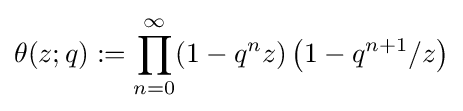
\theta (z;q):=\prod _{n=0}^{\infty }(1-q^{n}z)\left(1-q^{n+1}/z\right)